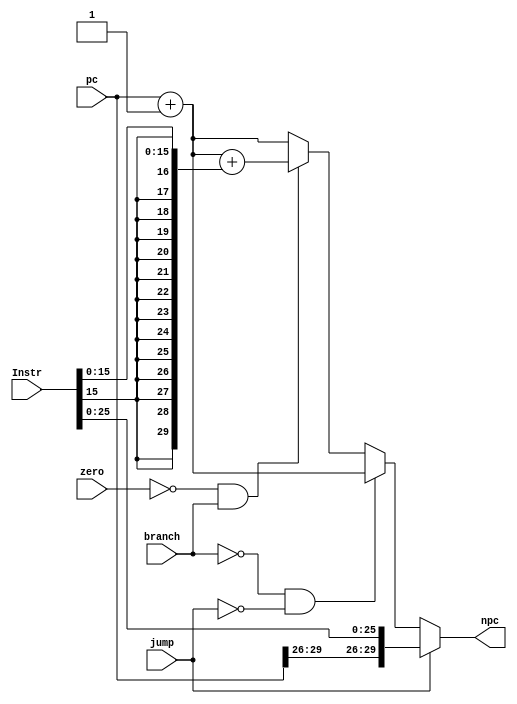
`timescale 1ns / 1ps
//////////////////////////////////////////////////////////////////////////////////
// Company: 
// Engineer: 
// 
// Design Name: 
// Module Name: NPC
// Project Name: 
// Target Devices: 
// Tool Versions: 
// Description: 
// 
// Dependencies: 
// 
// Revision:
// Revision 0.01 - File Created
// Additional Comments:
// 
//////////////////////////////////////////////////////////////////////////////////


module NPC(
    input   branch,
    input   jump,
    input   zero,
    input   [31:2]pc,
    input   [31:0]Instr,
    output  [31:2]npc
    );
    assign npc = (jump == 1'b1) ? {{pc[31:28]},{Instr[25:0]}} :
                 (branch == 1'b0 && jump == 1'b0) ? pc +1:
                 (zero  ==  1'b0 && branch == 1'b1) ? pc + 1 + {{14{Instr[15]}},Instr[15:0]} :pc+1;
    
endmodule